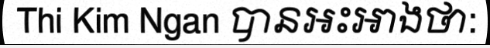
Thi Kim Ngan បានអះអាងថា: